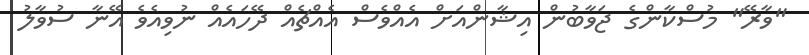
"ވާރޭ" މުސްކާންގެ ޖަވާބުން އިޝާންއަށް އެއްވެސް އެއްޗެއް ދޭހައެއް ނުވިއެވެ އޭނާ ސުވާލު